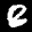
Label: 8